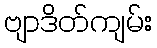
ဗျာဒိတ်ကျမ်း